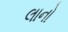
લાનો